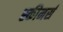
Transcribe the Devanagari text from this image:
स्कीनर्स